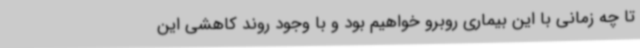
تا چه زمانی با این بیماری روبرو خواهیم بود و با وجود روند کاهشی این